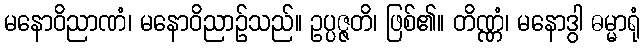
မနောဝိညာဏံ၊ မနောဝိညာဉ်သည်။ ဥပ္ပဇ္ဇတိ၊ ဖြစ်၏။ တိဏ္ဏံ၊ မနောဒွါ ဓမ္မာရုံ